Indian journal of veterinary science and animal husbandry - Volume 1,
Year: 1931
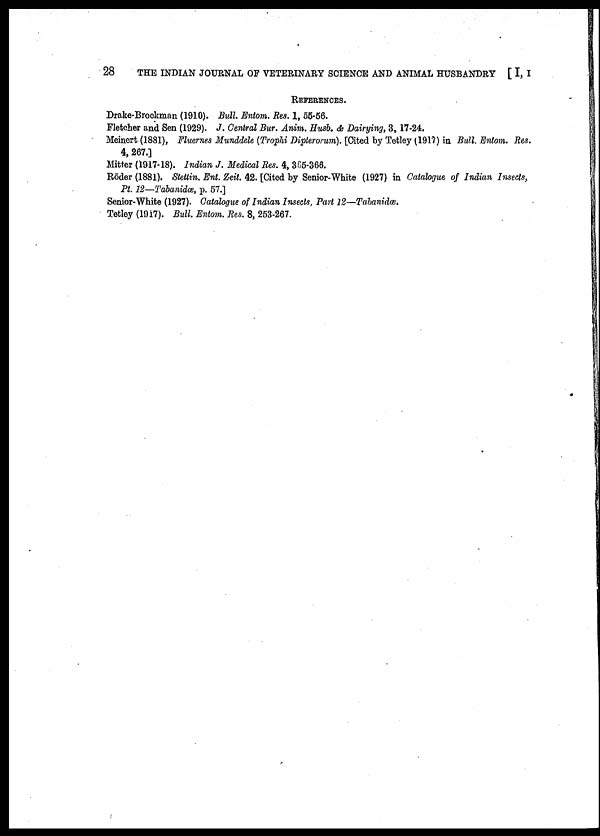
28
THE INDIAN JOURNAL OF VETERINARY SCIENCE AND ANIMAL HUSBANDRY [I, I
REFERENCES.
Drake-Brockman (1910). Bull. Entom. Res. 1, 55-56.
Fletcher and Sen (1929). J. Central Bur. Anim. Husb. & Dairying, 3, 17-24.
Meinert (1881), Fluernes Munddele (Trophi Dipterorum). [Cited by Tetley (1917) in Bull. Entom. Res.
4, 267.]
Mitter (1917-18). Indian J. Medical Res. 4, 365-366.
Röder (1881). Stettin. Ent. Zeit. 42. [Cited by Senior-White (1927) in Catalogue of Indian Insects,
Pt. 12—Tahanidœ, p. 57.]
Senior-White (1927). Catalogue of Indian Insects, Part 12—Tabanidœ.
Tetley (1917). Bull. Entom. Res. 8, 253-267.